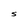
Character: s